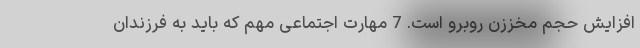
افزایش حجم مخززن روبرو است. 7 مهارت اجتماعی مهم که باید به فرزندان